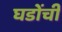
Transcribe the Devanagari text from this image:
घडोंची